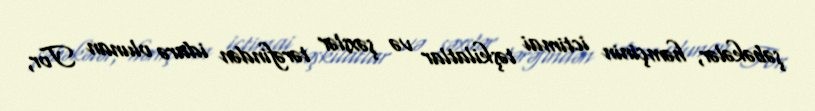
şəbəkələr, həmçinin ictimai təşkilatlar və şəxslər tərəfindən idarə olunan Tor,